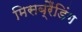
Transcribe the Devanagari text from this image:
मिसब्रैंडिंग